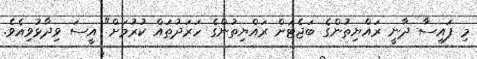
މި ފައިސާ ދާނީ ރައްޔިތުންގެ ބަޖެޓަށް ރައްޔިތުންގެ ހަރަދުތައް ކުރުމަށް" އީސަ ވިދާޅުވިއެވެ.